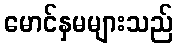
မောင်နှမများသည်